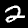
Label: 2